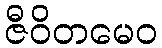
ဇီဝိတမေဝ